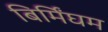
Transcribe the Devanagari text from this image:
बिर्मिंघम